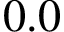
0 . 0